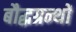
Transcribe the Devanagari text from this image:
बौद्धग्रन्थों